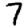
Digit: 7